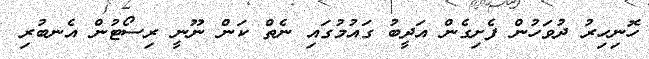
ހޮނިހިރު ދުވަހުން ފެށިގެން އަދީބު ގައުމުގައި ނެތް ކަން ނޫނީ ރިސޯޓުން އެނބުރި